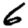
Digit: 6